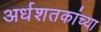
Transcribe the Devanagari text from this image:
अर्धशतकांच्या